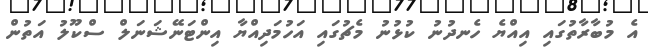
އެ މުބާރާތުގައި އިއްޔެ ހެނދުނު ކުޅުނު މެޗުގައި އަހުމަދިއްޔާ އިންޓަނޭޝަނަލް ސްކޫލު އަތުން